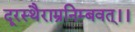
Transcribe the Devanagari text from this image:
दूरस्थैराम्रनिम्बवत्।।